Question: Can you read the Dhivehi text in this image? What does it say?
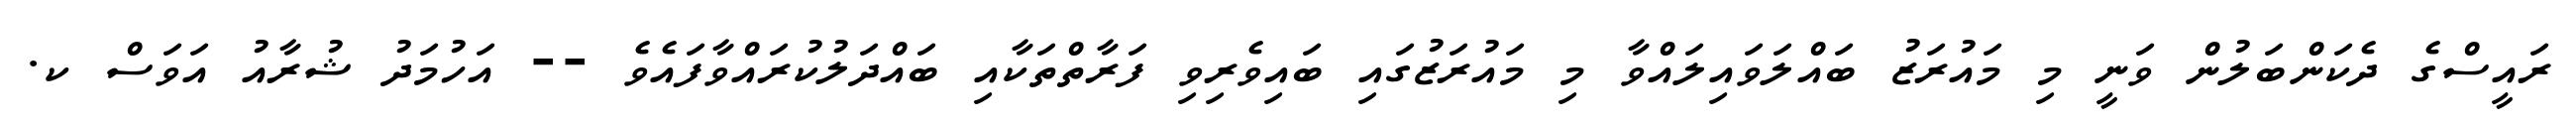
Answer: ރައީސްގެ ދެކަންބަލުން ވަނީ މި މައުރަޒު ބައްލަވައިލައްވާ މި މައުރަޒުގައި ބައިވެރިވި ފަރާތްތަކާއި ބައްދަލުކުރައްވާފައެވެ -- އަހުމަދު ޝުރާއު އަވަސް ކ.